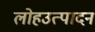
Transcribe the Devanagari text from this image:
लोहउत्पादन